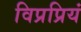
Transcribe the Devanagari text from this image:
विप्रप्रियं